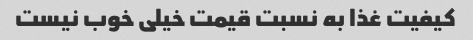
کیفیت غذا به نسبت قیمت خیلی خوب نیست